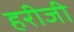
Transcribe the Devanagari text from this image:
हरीजी